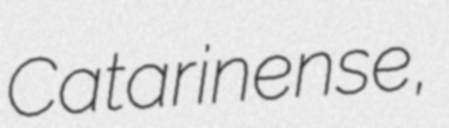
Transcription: Catarinense,